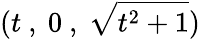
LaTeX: (t\ ,\ 0\ ,\ {\sqrt{t^{2}+1}})